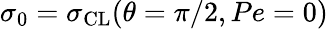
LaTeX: \sigma_{0}=\sigma_{\mathrm{CL}}(\theta=\pi/2,Pe=0)